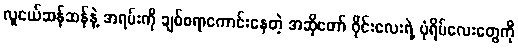
လူငယ်ဆန်ဆန်နဲ့ အရမ်းကို ချစ်စရာကောင်းနေတဲ့ အဆိုတော် ဝိုင်းလေးရဲ့ ပုံရိပ်လေးတွေကို